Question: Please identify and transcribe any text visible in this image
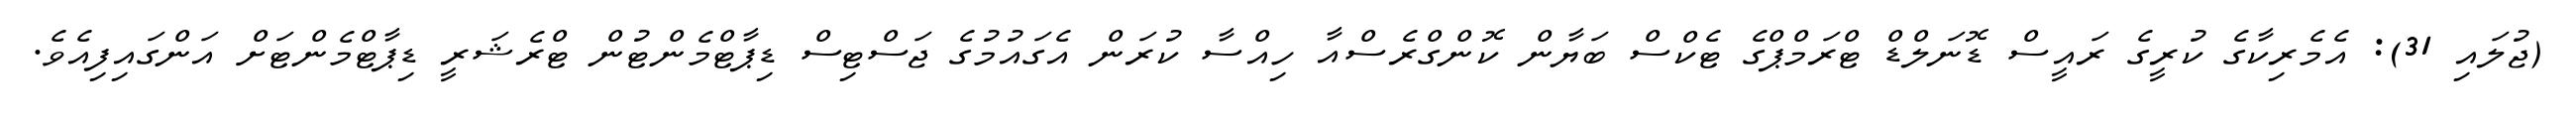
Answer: (ޖުލައި 31): އެމެރިކާގެ ކުރީގެ ރައީސް ޑޮނަލްޑް ޓްރަމްޕްގެ ޓެކްސް ބަޔާން ކޮންގްރެސްއާ ހިއްސާ ކުރަން އެގައުމުގެ ޖަސްޓިސް ޑިޕާޓްމެންޓުން ޓްރެޝަރީ ޑިޕާޓްމެންޓަށް އަންގައިފިއެވެ.